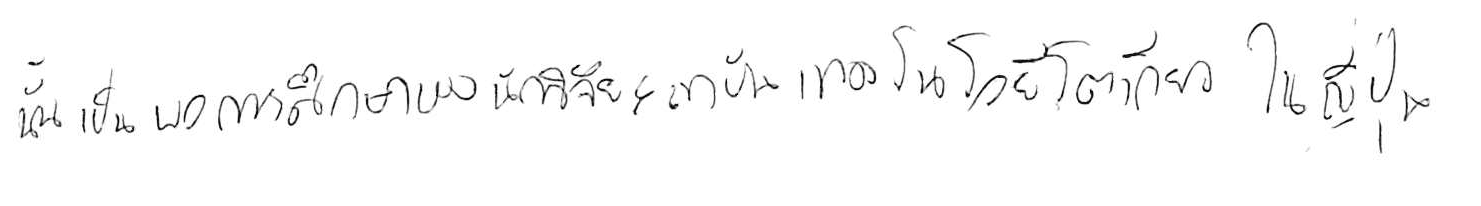
นั่นเป็นผลการศึกษาของนักวิจัยสถาบันเทคโนโลยีโตเกียว ในญี่ปุ่น